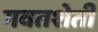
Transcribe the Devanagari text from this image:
गवतशेती